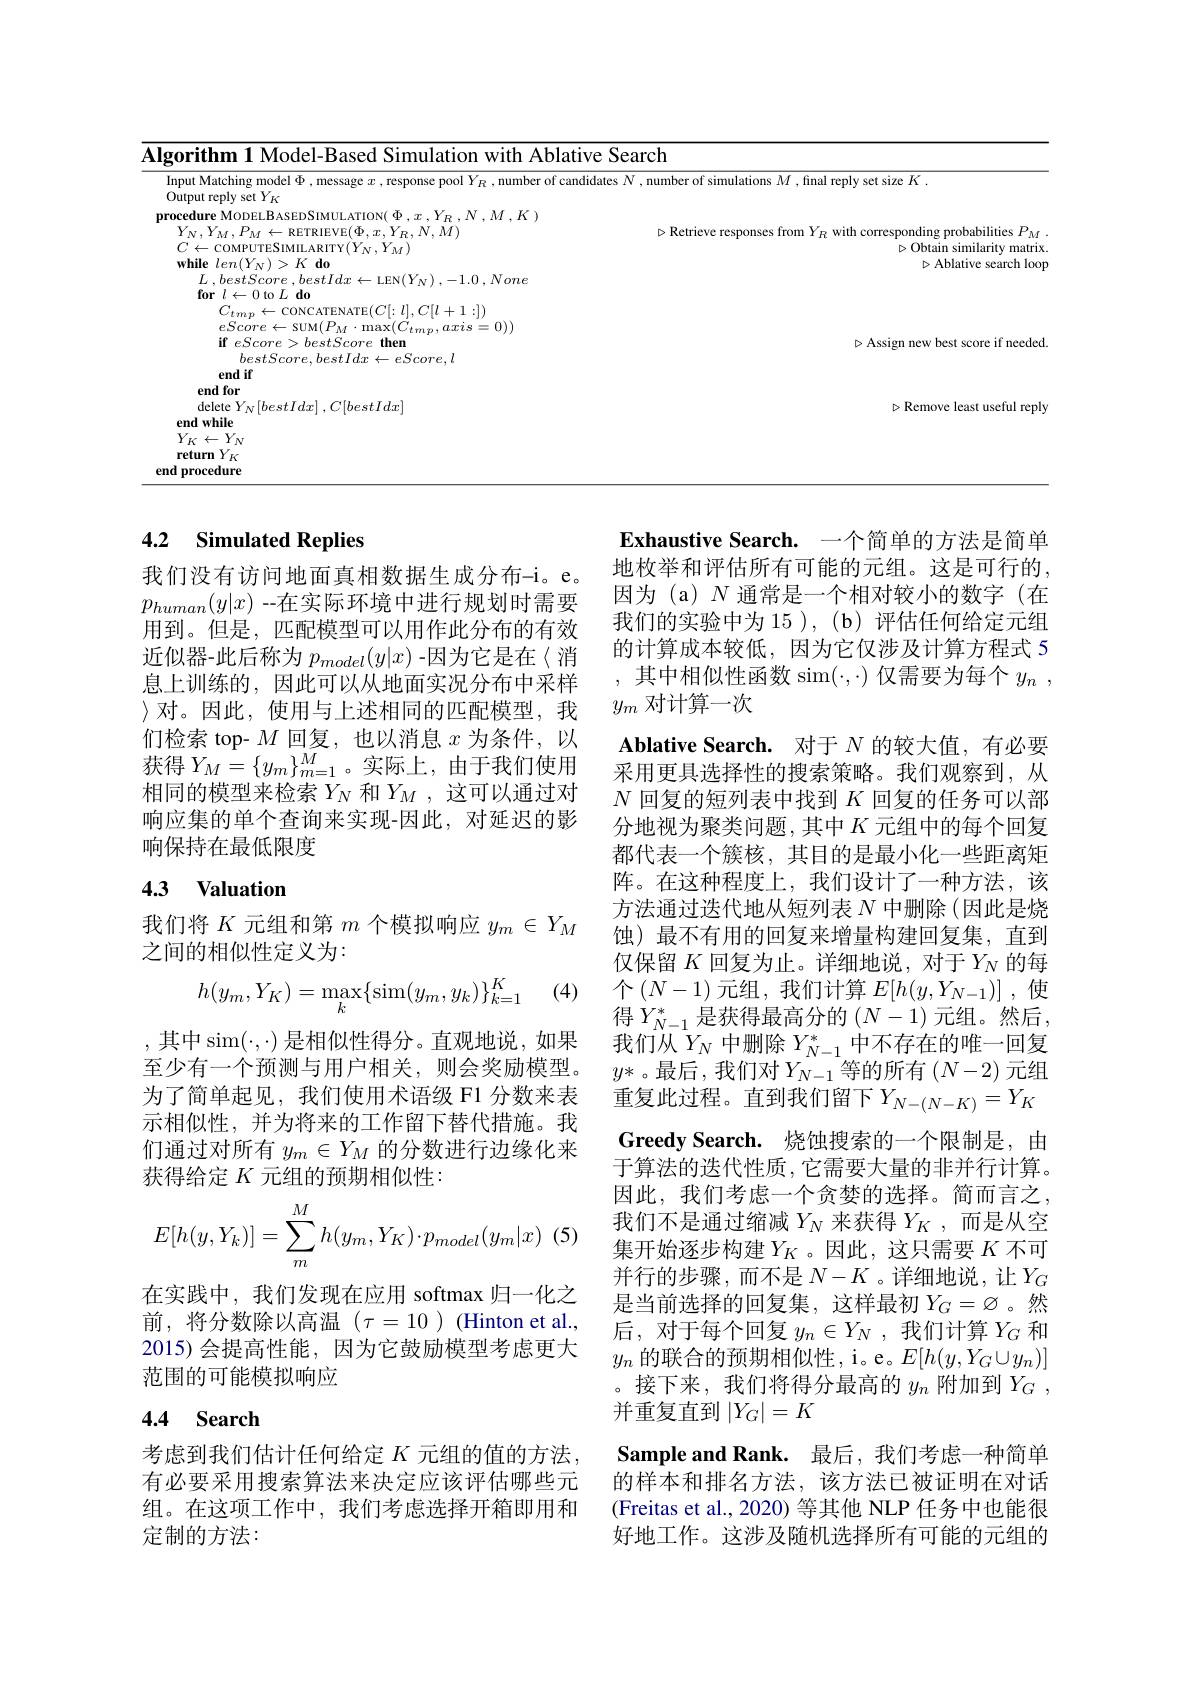
<table>
	<tbody>
		<tr>
			<td>Ahlatiw</td>
			<td>$\operatorname{trch}$</td>
		</tr>
		<tr>
			<td>Input Matching model $\Phi$ , message $x$ , response pool $Y_R$ , number of candic Output reply set $Y_{K}$</td>
			<td>, number of simulations $M$ , final reply set size $K.$</td>
		</tr>
		<tr>
			<td>$L$ , bestScore , $bestIdx\leftarrow$LEN$( Y_{\mathrm{N} })$ ,-1.0 , None</td>
			<td>11014000</td>
		</tr>
		<tr>
			<td>delete $Y_N[ bestIdx]$ , $C[ bestIdx]$ end while $Y_{K}\leftarrow Y_{N}$ return $Y_K$ end procedure</td>
			<td>$\triangleright{\mathrm{Remove~least~useful~reply}}$</td>
		</tr>
		<tr>
			<td>end procedure</td>
			<td> </td>
		</tr>
	</tbody>
</table>

### 4.2 Simulated Replies

我们没有访问地面真相数据生成分布-i。e。$p_{human}(y|x)$ --在实际环境中进行规划时需要用到。但是，匹配模型可以用作此分布的有效近似器-此后称为$p_{model}(y|x)$ -因为它是在〈消息上训练的，因此可以从地面实况分布中采样$\rangle$对。因此，使用与上述相同的匹配模型，我们检索 top- $M$回复，也以消息$x$为条件，以获得$Y_M=\{y_m\}_{m=1}^M$。实际上，由于我们使用相同的模型来检索$Y_N$和$Y_M$,这可以通过对响应集的单个查询来实现-因此，对延迟的影响保持在最低限度

## 4.3 Valuation

我们将$K$元组和第$m$个模拟响应$y_m\in Y_M$
之间的相似性定义为：

(4)
$$h(y_m,Y_K)=\max_k\{\sin(y_m,y_k)\}_{k=1}^K$$
Exhaustive Search. 一个简单的方法是简单地枚举和评估所有可能的元组。这是可行的， 因为 (a) $N$通常是一个相对较小的数字(在我们的实验中为15 ), (b) 评估任何给定元组的计算成本较低，因为它仅涉及计算方程式 5 ,其中相似性函数 sim$(\cdot,\cdot)$仅需要为每个$y_n$ , $y_m$对计算一次
Ablative Search. 对于$N$的较大值，有必要采用更具选择性的搜索策略。我们观察到，从$N$回复的短列表中找到$K$回复的任务可以部分地视为聚类问题，其中$K$元组中的每个回复都代表一个簇核，其目的是最小化一些距离矩阵。在这种程度上，我们设计了一种方法，该方法通过迭代地从短列表$N$中删除(因此是烧蚀)最不有用的回复来增量构建回复集，直到仅保留$K$回复为止。详细地说，对于$Y_N$的每个$\left(N-1\right)$元组，我们计算$E[h(y,Y_{N-1})]$,使得$Y_{N-1}^*$是获得最高分的$(N-1)$元组。然后， 我们从$Y_N$中删除$Y_N-1^*$中不存在的唯一回复$y*$。最后，我们对$Y_N-1$等的所有$(N-2)$元组重复此过程。直到我们留下$Y_N-(N-K)=Y_K$ Greedy Search. 烧蚀搜索的一个限制是，由于算法的迭代性质，它需要大量的非并行计算。因此，我们考虑一个贪婪的选择。简而言之， 我们不是通过缩减$Y_N$来获得$Y_K$ ,而是从空集开始逐步构建$Y_K$ 。因此，这只需要 $K$ 不可并行的步骤，而不是 $N-K$ 。详细地说，让$Y_G$ 是当前选择的回复集，这样最初$Y_G=\varnothing$。然后，对于每个回复$y_n\in Y_N$ ,我们计算$Y_G$和$y_n$的联合的预期相似性，i。e。$E[h(y,Y_G\cup y_n)]$ 。接下来，我们将得分最高的$y_n$附加到$Y_G$ , 并重复直到$\left|Y_G\right|=K$
Sample and Rank. 最后，我们考虑一种简单的样本和排名方法，该方法已被证明在对话(Freitas et al., 2020) 等其他 NLP 任务中也能很好地工作。这涉及随机选择所有可能的元组的

,其中$\operatorname{sim}(\cdot,\cdot)$ 是相似性得分。直观地说，如果至少有一个预测与用户相关，则会奖励模型。为了简单起见，我们使用术语级 F1 分数来表示相似性，并为将来的工作留下替代措施。我们通过对所有$y_m\in Y_M$的分数进行边缘化来获得给定$K$元组的预期相似性：
$$E[h(y,Y_k)]=\sum_m^Mh(y_m,Y_K)\cdot p_{model}(y_m|x)$$
在实践中，我们发现在应用 softmax 归一化之前，将分数除以高温($\tau=10)$(Hinton et al., 2015)会提高性能，因为它鼓励模型考虑更大范围的可能模拟响应

### 4.4 Search

考虑到我们估计任何给定$K$元组的值的方法， 有必要采用搜索算法来决定应该评估哪些元组。在这项工作中，我们考虑选择开箱即用和定制的方法：